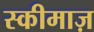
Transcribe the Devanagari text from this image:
स्कीमाज़